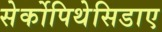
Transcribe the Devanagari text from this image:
सेर्कोपिथेसिडाए